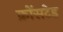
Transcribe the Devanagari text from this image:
क्रोंसटेड